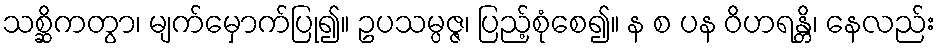
သစ္ဆိကတွာ၊ မျက်မှောက်ပြု၍။ ဥပသမ္ပဇ္ဇ၊ ပြည့်စုံစေ၍။ န စ ပန ဝိဟရန္တိ၊ နေလည်း